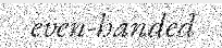
even-handed